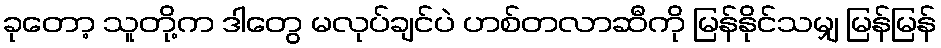
ခုတော့ သူတို့က ဒါတွေ မလုပ်ချင်ပဲ ဟစ်တလာဆီကို မြန်နိုင်သမျှ မြန်မြန်